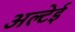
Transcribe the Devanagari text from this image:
अल्टेई